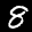
Label: 8